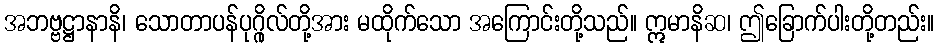
အဘဗ္ဗဋ္ဌာနာနိ၊ သောတာပန်ပုဂ္ဂိုလ်တို့အား မထိုက်သော အကြောင်းတို့သည်။ ဣမာနိဆ၊ ဤခြောက်ပါးတို့တည်း။